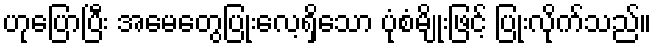
ဟုပြောပြီး အမေတွေပြုံးလေ့ရှိသော ပုံစံမျိုးဖြင့် ပြုံးလိုက်သည်။